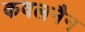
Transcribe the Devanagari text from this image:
कवलनैन